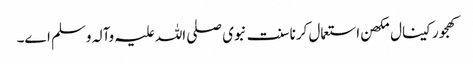
کھجور کینال مکھن استعمال کرنا سنت نبوی صلی اللہ علیہ وآلہ وسلم ا‏‏ے۔